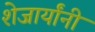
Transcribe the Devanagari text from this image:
शेजार्यांनी